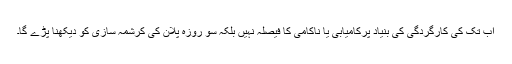
اب تک کی کارگردگی کی بنیاد پرکامیابی یا ناکامی کا فیصلہ نہیں بلکہ سو روزہ پلان کی کرشمہ سازی کو دیکھنا پڑے گا۔